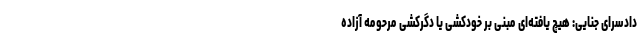
دادسرای جنایی: هیچ یافته‌ای مبنی بر خودکشی یا دگرکشی مرحومه آزاده